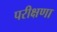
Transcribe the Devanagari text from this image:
परीक्षणा